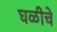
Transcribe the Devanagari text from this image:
घळीचे